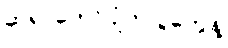
ဆရာတော်ပျံက ပွဲတွေနဲ့